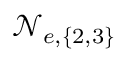
\mathcal { N } _ { e , \{ 2 , 3 \} }